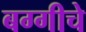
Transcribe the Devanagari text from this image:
बग्गीचे